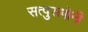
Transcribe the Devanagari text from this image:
सत्पुरूषोनी